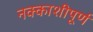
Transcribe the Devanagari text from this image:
नक्काशीपूर्ण